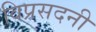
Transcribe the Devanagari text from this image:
विप्रसदनी